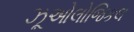
ઝૂઓલોજિકલ